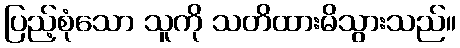
ပြည့်စုံသော သူကို သတိထားမိသွားသည်။